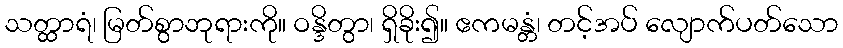
သတ္ထာရံ၊ မြတ်စွာဘုရားကို။ ဝန္ဒိတွာ၊ ရှိခိုး၍။ ဧကမန္တံ၊ တင့်အပ် လျောက်ပတ်သော